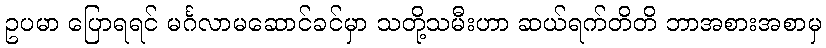
ဥပမာ ပြောရရင် မင်္ဂလာမဆောင်ခင်မှာ သတို့သမီးဟာ ဆယ်ရက်တိတိ ဘာအစားအစာမှ